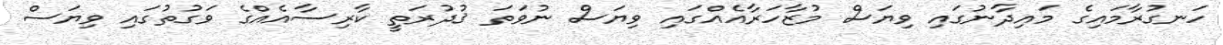
ހަނގުރާމައިގެ މައިދާނުގައި ވިޔަސް މުޒާހަރާއެއްގައި ވިޔަސް ނުވަތަ ޤުދުރަތީ ކާރިސާއެއްގެ ވަގުތުގައި ވިޔަސް